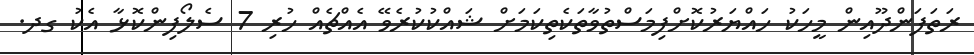
ރަތަފަންދޫއިން މީހަކު ހައްޔަރުކޮށްފިމަސްތުވާތަކެތިކަމަށް ޝައްކުކުރެވޭ އެއްޗެއް ހުރި 7 ސެލޯފިންކޮޅާ އެކު ގދ.